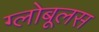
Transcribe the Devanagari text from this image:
ग्लोबूलस